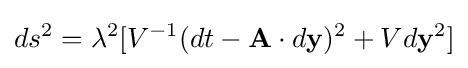
ds^{2}=\lambda ^{2}[V^{-1}(dt-\mathbf {A} \cdot d\mathbf {y} )^{2}+Vd\mathbf {y} ^{2}]